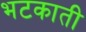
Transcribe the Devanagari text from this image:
भटकाती